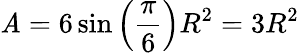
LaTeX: \mathit{A}=6\sin\left({\frac{{\pi}}{{6}}}\right)R^{2}=3R^{2}